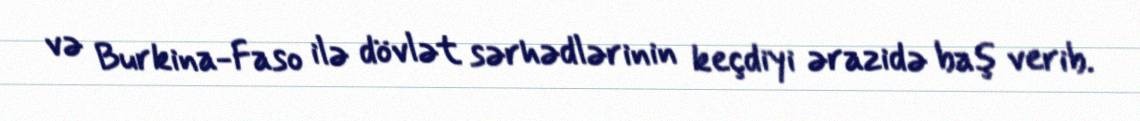
və Burkina-Faso ilə dövlət sərhədlərinin keçdiyi ərazidə baş verib.